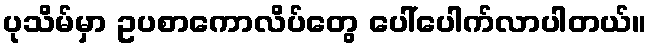
ပုသိမ်မှာ ဥပစာကောလိပ်တွေ ပေါ်ပေါက်လာပါတယ်။